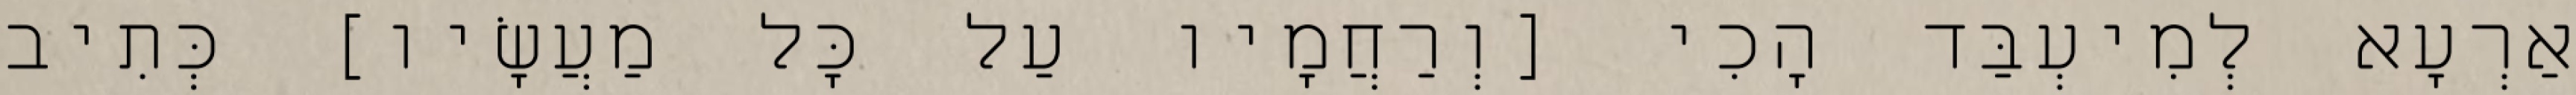
אַרְעָא לְמִיעְבַּד הָכִי [וְרַחֲמָיו עַל כׇּל מַעֲשָׂיו] כְּתִיב